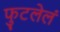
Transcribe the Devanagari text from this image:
फुटलेलं